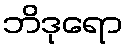
ဘိဒုရော